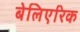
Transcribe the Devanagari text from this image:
बेलिएरिक